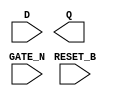
module sky130_fd_sc_hs__dlrtn (
    //# {{data|Data Signals}}
    input  D      ,
    output Q      ,

    //# {{control|Control Signals}}
    input  RESET_B,

    //# {{clocks|Clocking}}
    input  GATE_N
);

    // Voltage supply signals
    supply1 VPWR;
    supply0 VGND;

endmodule